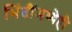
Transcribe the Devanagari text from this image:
भिंतींमध्येही